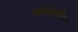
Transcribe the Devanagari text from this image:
जमानतीय